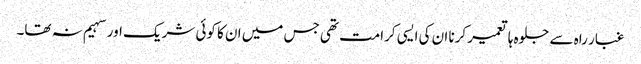
غبار راہ سے جلوہ ہا تعمیر کرنا ان کی ایسی کرامت تھی جس میں ان کا کوئی شریک اور سہیم نہ تھا۔